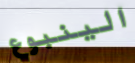
الينبوع